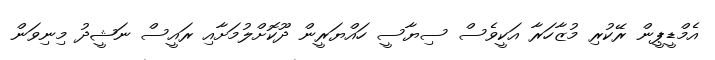
އެމްޑީޕީން ރޭކުރި މުޒާހަރާ އަކީވެސް ސިޔާސީ ހައްޔަރީން ދޫކޮށްލުމަށާއި ރައީސް ނަޝީދު މިނިވަން